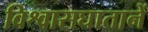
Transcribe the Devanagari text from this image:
विश्वासघातानें